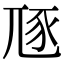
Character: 豗